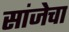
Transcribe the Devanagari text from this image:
सांजेचा